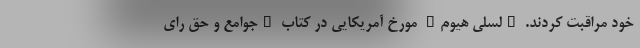
خود مراقبت کردند. "لسلی هیوم" مورخ آمریکایی در کتاب "جوامع و حق رای